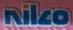
Niko